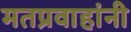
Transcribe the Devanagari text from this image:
मतप्रवाहांनी